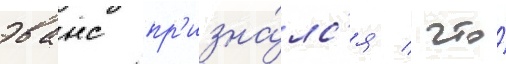
эванс пр'изна́лс'я / что́